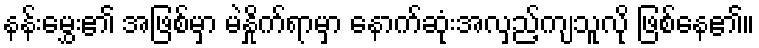
နန်းမွှေး၏ အဖြစ်မှာ မဲနှိုက်ရာမှာ နောက်ဆုံးအလှည့်ကျသူလို ဖြစ်နေ၏။